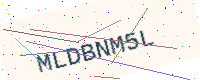
Text: MLDBNM5L